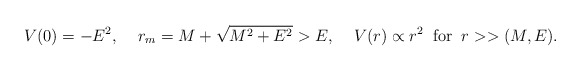
\begin{align*}V(0)=-E^2,\;\;\;\;r_m=M+\sqrt{M^2+E^2}>E,\;\;\;\;V(r)\propto r^2\;\;\mbox{for}\;\;r>>(M,E).\end{align*}